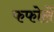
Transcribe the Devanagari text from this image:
फफोलें